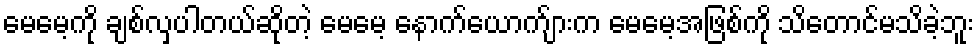
မေမေ့ကို ချစ်လှပါတယ်ဆိုတဲ့ မေမေ့ နောက်ယောက်ျားက မေမေ့အဖြစ်ကို သိတောင်မသိခဲ့ဘူး